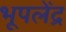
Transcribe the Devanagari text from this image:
भूपलेंद्र